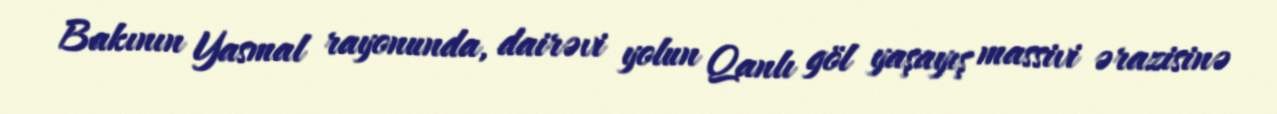
Bakının Yasmal rayonunda, dairəvi yolun Qanlı göl yaşayış massivi ərazisinə